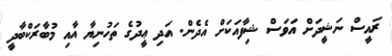
ރައީސް ނަޝީދަށް އަވަސް ޝިފާއަކަށް އެދެން. އަދި ޢީދުގެ ތަހުނިޔާ އާއި މުބާރަކްބާދީ